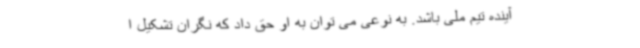
آینده تیم ملی باشد. به نوعی می توان به او حق داد که نگران تشکیل ا